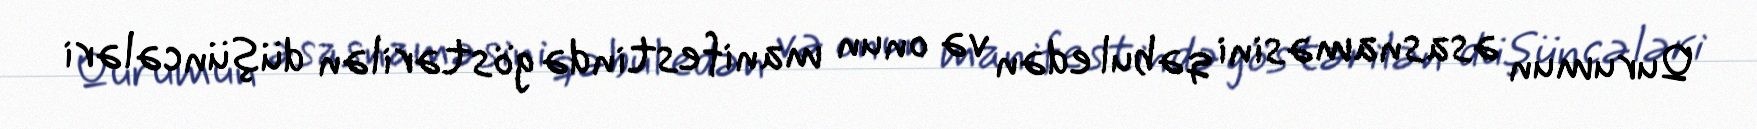
Qurumun əsasnaməsini qəbul edən və onun manifestində göstərilən düşüncələri